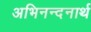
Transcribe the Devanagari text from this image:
अभिनन्दनार्थ